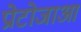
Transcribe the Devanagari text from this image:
प्रोटोजाआ